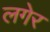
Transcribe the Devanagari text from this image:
लगेर